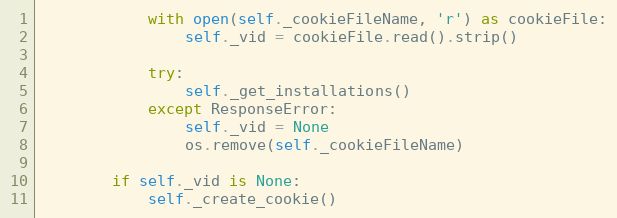
Language: Python
            with open(self._cookieFileName, 'r') as cookieFile:
                self._vid = cookieFile.read().strip()

            try:
                self._get_installations()
            except ResponseError:
                self._vid = None
                os.remove(self._cookieFileName)

        if self._vid is None:
            self._create_cookie()